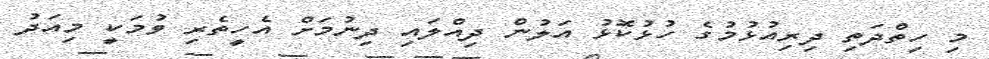
މި ހިތްދަތި ދިރިއުޅުމުގެ ހުޅުކޮޅު އަލުން ދިއްލައި ދިނުމަށް އެހީތެރި ވުމަކީ މިއަދު